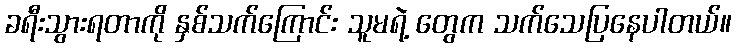
ခရီးသွားရတာကို နှစ်သက်ကြောင်း သူမရဲ့ တွေက သက်သေပြနေပါတယ်။